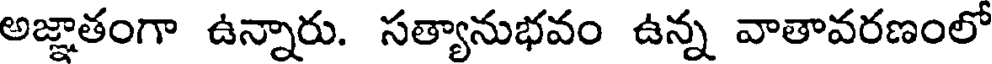
అజ్ఞాతంగా ఉన్నారు. సత్యానుభవం ఉన్న వాతావరణంలో